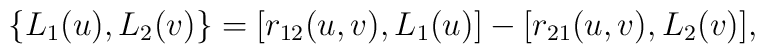
\{L_{1}(u), L_{2}(v)\}=[r_{12}(u,v),L_{1}(u)]-[r_{21}(u,v), L_{2}(v)],